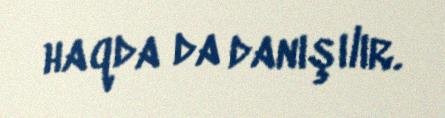
haqda da danışılır.